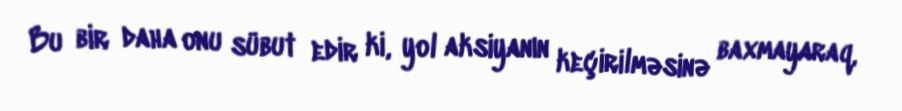
Bu bir daha onu sübut edir ki, yol aksiyanın keçirilməsinə baxmayaraq,